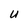
Character: U